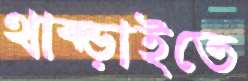
থাক্‌ড়াইতে